Newspaper: Rock Island Argus.
Place of publication: Rock Island, Ill.
Publisher: J.W. Potter
Date: 1895-04-04 00:00:00
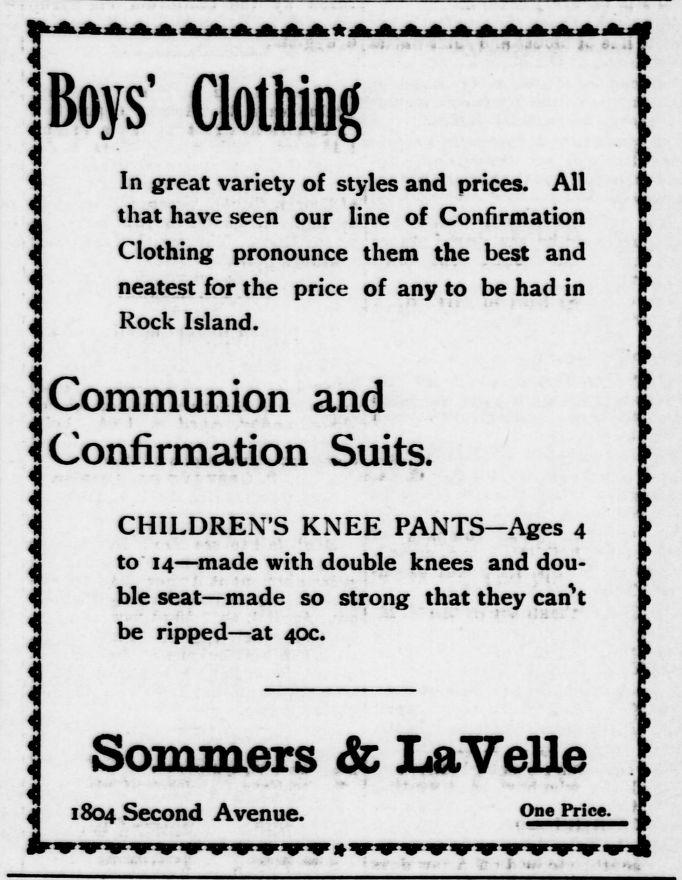
Advertisement text (OCR):
Boys' Clothing In great variety of styles and prices. All that have seen our line of Confirmation Clothing pronounce them the best and neatest for the price of any to be had in Rock Island. 3 Communion 3 Confirmation CHILDREN'S KNEE PANTS Ages 4 to 14 made with double knees and dou ble seat made so strong that they can't be ripped at 40c. 1 Sommers 1804 Second Avenue. r and Suits. & LaVelle 3lle t One Price, f
Label: text-only